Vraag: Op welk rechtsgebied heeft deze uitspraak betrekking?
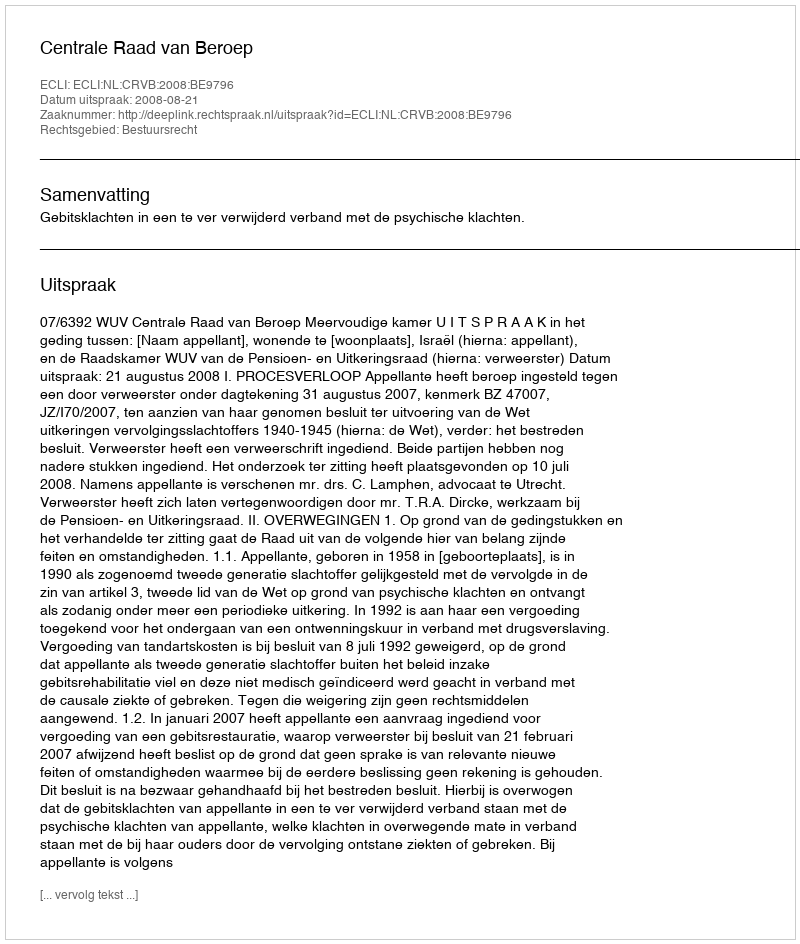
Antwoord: Bestuursrecht